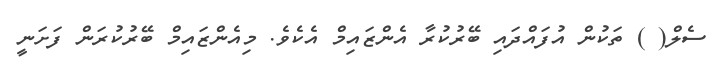
ސެލް( ) ތަކުން އުފައްދައި ބޭރުކުރާ އެންޒައިމް އެކެވެ. މިއެންޒައިމް ބޭރުކުރަން ފަށަނީ